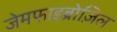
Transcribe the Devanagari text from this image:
जेमफाइब्रोज़िल